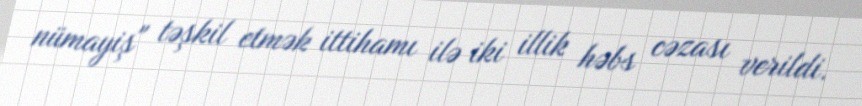
nümayiş" təşkil etmək ittihamı ilə iki illik həbs cəzası verildi.